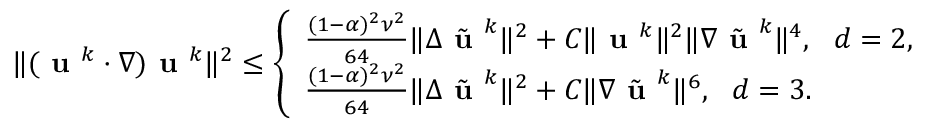
\aligned \| ( \textbf { u } ^ { k } \cdot \nabla ) \textbf { u } ^ { k } \| ^ { 2 } \leq \left\{ \begin{array} { l l } { \frac { ( 1 - \alpha ) ^ { 2 } \nu ^ { 2 } } { 6 4 } \| \Delta \tilde { \textbf { u } } ^ { k } \| ^ { 2 } + C \| \textbf { u } ^ { k } \| ^ { 2 } \| \nabla \tilde { \textbf { u } } ^ { k } \| ^ { 4 } , \ \ d = 2 , } \\ { \frac { ( 1 - \alpha ) ^ { 2 } \nu ^ { 2 } } { 6 4 } \| \Delta \tilde { \textbf { u } } ^ { k } \| ^ { 2 } + C \| \nabla \tilde { \textbf { u } } ^ { k } \| ^ { 6 } , \ \ d = 3 . } \end{array} \right. \endaligned